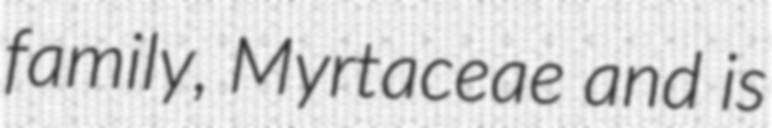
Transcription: family, Myrtaceae and is